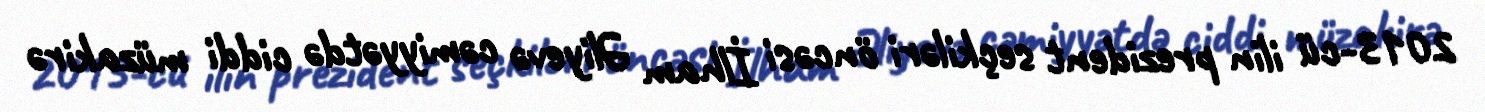
2013-cü ilin prezident seçkiləri öncəsi İlham Əliyevə cəmiyyətdə ciddi müzakirə